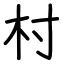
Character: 村